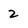
Character: 2